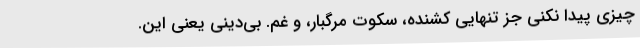
چیزی پیدا نکنی جز تنهاییِ کشنده، سکوت مرگبار، و غم. بی‌دینی یعنی این.